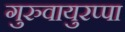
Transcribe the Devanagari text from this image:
गुरुवायुरप्पा